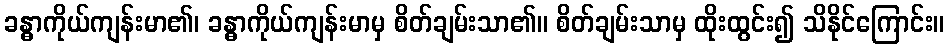
ခန္ဓာကိုယ်ကျန်းမာ၏၊ ခန္ဓာကိုယ်ကျန်းမာမှ စိတ်ချမ်းသာ၏။ စိတ်ချမ်းသာမှ ထိုးထွင်း၍ သိနိုင်ကြောင်း။